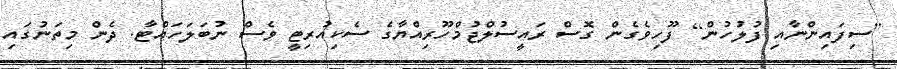
[ސިފައިންނާއި ފުލުހުން] ފޫހިވެގެން ގޮސް ރައީސުލްޖުމްހޫރިއްޔާގެ ސެކިއުރިޓީ ވެސް ނުބަލަހައްޓާ. ދެން މިތަނުގައި